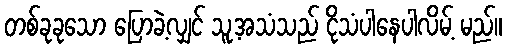
တစ်ခုခုသော ပြောခဲ့လျှင် သူ့အသံသည် ငိုသံပါနေပါလိမ့် မည်။